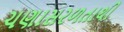
ચણાસરળતાથી